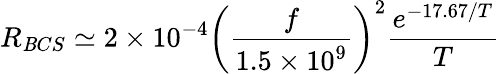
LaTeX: R_{\mathit{B}CS}\simeq2\times10^{-4}\left({\frac{{f}}{{1.5\times10^{9}}}}\right)^{2}{\frac{{e^{-17.67/T}}}{{T}}}